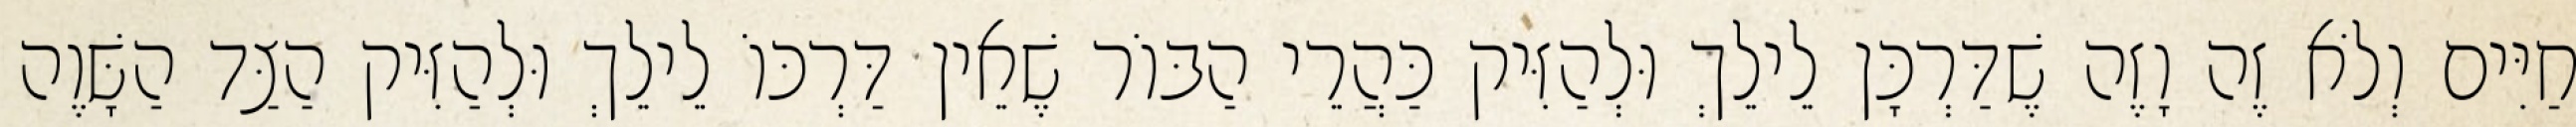
חַיִּים וְלֹא זֶה וָזֶה שֶׁדַּרְכָּן לֵילֵךְ וּלְהַזִּיק כַּהֲרֵי הַבּוֹר שֶׁאֵין דַּרְכּוֹ לֵילֵךְ וּלְהַזִּיק הַצַּד הַשָּׁוֶה